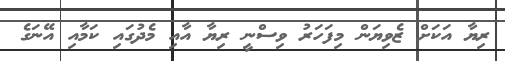
ރިޔާ އަކަށް ޒެވިޔަން މިފަހަރު ވިސްނީ ރިޔާ އާއި މެދުގައި ކަމާއި އޭނަގެ